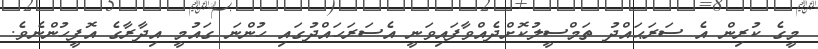
މީގެ ކުރިން އެ ސަރަޙައްދު ތަމްސީލުކޮށްދެއްވާފައިވަނީ އެސަރަހައްދުގައި ހުންނަ ގައުމީ އިދާރާގެ އޮފީހުންނެވެ.